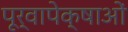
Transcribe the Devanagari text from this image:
पूर्वापेक्षाओं